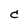
Character: C